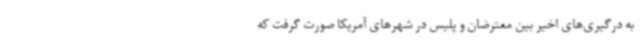
به درگیری‌های اخیر بین معترضان و پلیس در شهرهای آمریکا صورت گرفت که